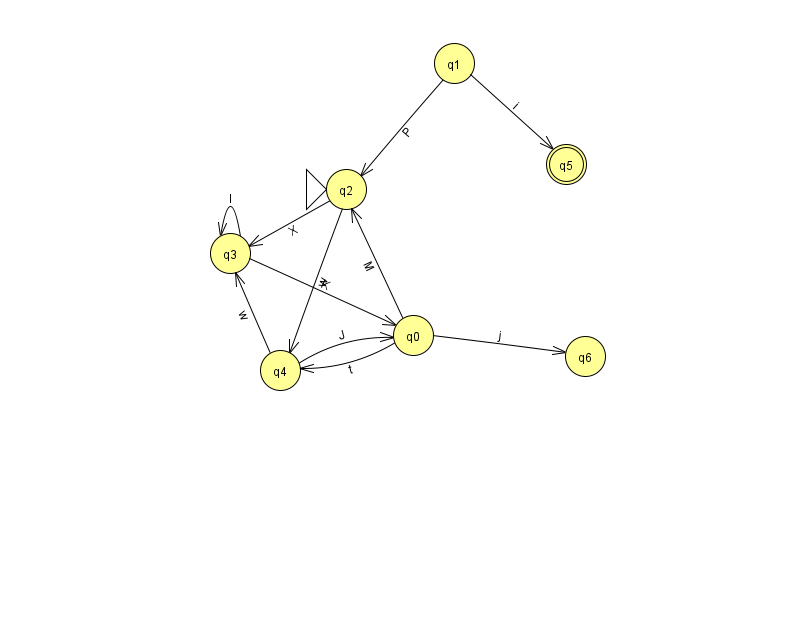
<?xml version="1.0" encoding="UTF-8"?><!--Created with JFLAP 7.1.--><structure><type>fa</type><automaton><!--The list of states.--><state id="0" name="q0"><x>413.0</x><y>322.0</y></state><state id="1" name="q1"><x>454.0</x><y>50.0</y></state><state id="2" name="q2"><x>346.0</x><y>176.0</y><initial/></state><state id="3" name="q3"><x>230.0</x><y>240.0</y></state><state id="4" name="q4"><x>280.0</x><y>357.0</y></state><state id="5" name="q5"><x>566.0</x><y>151.0</y><final/></state><state id="6" name="q6"><x>585.0</x><y>343.0</y></state><!--The list of transitions.--><transition><from>1</from><to>5</to><read>i</read></transition><transition><from>0</from><to>6</to><read>j</read></transition><transition><from>0</from><to>4</to><read>t</read></transition><transition><from>2</from><to>3</to><read>X</read></transition><transition><from>3</from><to>0</to><read>K</read></transition><transition><from>2</from><to>4</to><read>w</read></transition><transition><from>0</from><to>2</to><read>M</read></transition><transition><from>1</from><to>2</to><read>P</read></transition><transition><from>3</from><to>3</to><read>l</read></transition><transition><from>4</from><to>0</to><read>J</read></transition><transition><from>4</from><to>3</to><read>w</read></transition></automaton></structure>